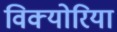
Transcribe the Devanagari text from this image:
विक्योरिया